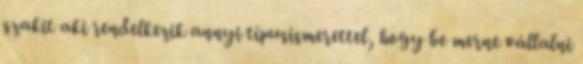
szakit aki rendelkezik annyi típusismerettel, hogy be merne vállalni